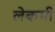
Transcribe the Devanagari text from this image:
लेकमी